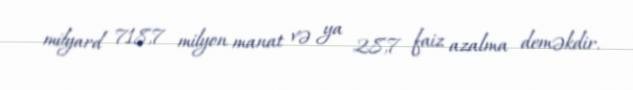
milyard 718,7 milyon manat və ya 28,7 faiz azalma deməkdir.